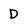
Character: D